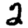
Digit: 2